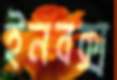
ইনবক্স